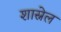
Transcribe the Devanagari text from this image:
शास्नेल